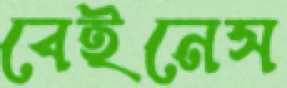
বেইনেস